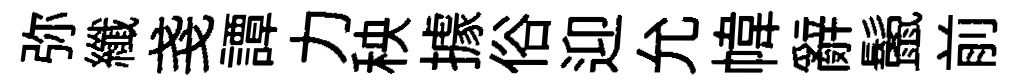
弥纖戔譚力秧據俗迎允幃辭鬛前